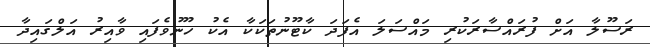
ރަސޫލާ އަށް ފުރައްސާރަކުރި މައްސަލަ އެފަދަ ކާޓޫނުތަކަކާ އެކު ހޫނުވެފައި ވާއިރު އަލްގައިދާ